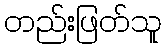
တည်းဖြတ်သူ